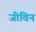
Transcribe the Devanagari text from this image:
जीविन